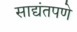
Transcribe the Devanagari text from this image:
साद्यंतपणे